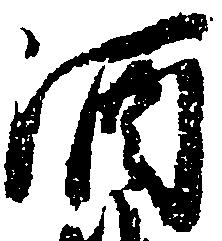
酒